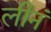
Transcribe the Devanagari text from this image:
लीनं